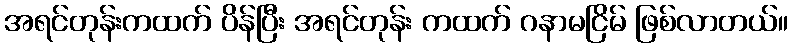
အရင်တုန်းကထက် ပိန်ပြီး အရင်တုန်း ကထက် ဂနာမငြိမ် ဖြစ်လာတယ်။